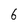
Character: 6